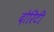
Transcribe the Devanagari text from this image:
दोरिटी